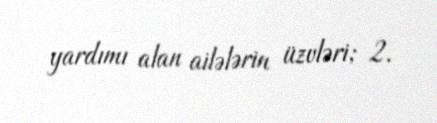
yardımı alan ailələrin üzvləri; 2.